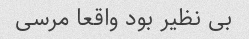
بی نظیر بود واقعا مرسی